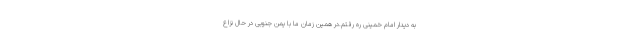
به دیدار امام خمینی ره رفتم.در همین زمان ما با یمن جنوبی در حال نزاع